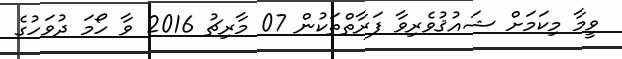
ވީމާ މިކަމަށް ޝައުޤުވެރިވާ ފަރާތްތަކުން 07 މާރިޗު 2016 ވާ ހޯމަ ދުވަހުގެ